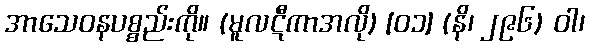
အာသေဝနပစ္စည်းကို။ (မူလဋီကာအလို) [၀၁] (နိ၊ ၂၉၆) ဝါ၊